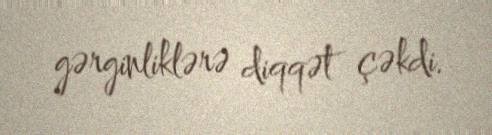
gərginliklərə diqqət çəkdi.